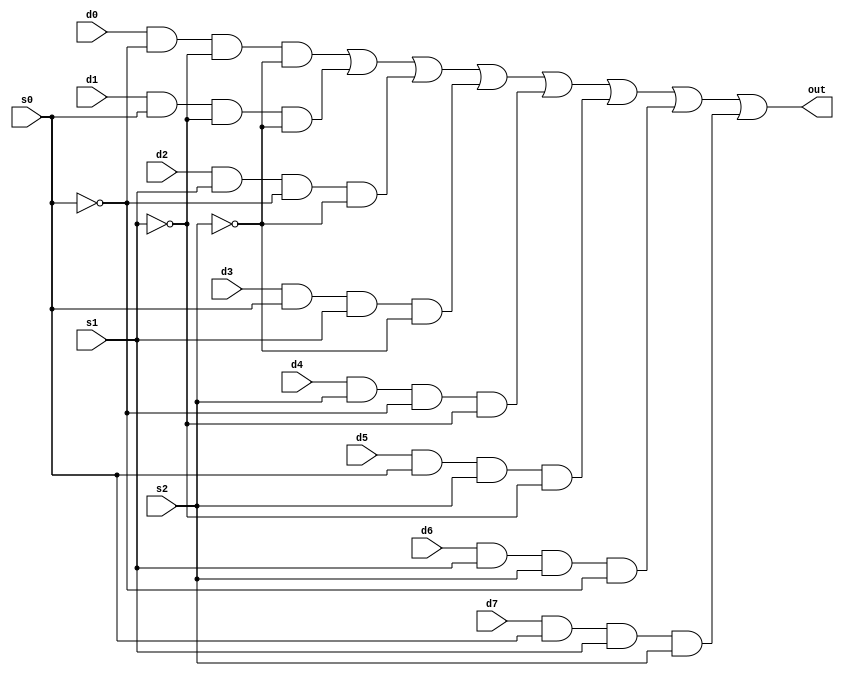
module mux(
    input s0,
    input s1,
    input s2,
    input d0,
    input d1,
    input d2,
    input d3,
    input d4,
    input d5,
    input d6,
    input d7,
    output out
    );
    
    wire t1,t2,t3,t4,t5,t6,t7,t8,t9,t10,t11;
    
    not (t1,s0);
    not (t2,s1);
    not (t3,s2);
    
    and (t4,d0,t1,t2,t3);
    and (t5,d1,s0,t2,t3);
    and (t6,d2,s1,t1,t3);
    and (t7,d3,s0,s1,t3);
    and (t8,d4,s2,t1,t2);
    and (t9,d5,s0,s2,t2);
    and (t10,d6,s1,s2,t1);
    and (t11,d7,s0,s1,s2);
    
    or(out,t4,t5,t6,t7,t8,t9,t10,t11);
    
endmodule

//Testbench

module mux_test();
  reg s0;
  reg s1;
  reg s2;
  reg d0;
  reg d1;
  reg d2;
  reg d3;
  reg d4;
  reg d5;
  reg d6;
  reg d7;
  wire out;
  
  mux m1(.s0(s0),.s1(s1),.s2(s2),.d0(d0),.d1(d1),.d2(d2),.d3(d3),.d4(d4),.d5(d5),.d6(d6),.d7(d7),.out(out));
  integer count;
  
  initial begin
    $dumpfile("dump.vcd");
    $dumpvars(1);
  end
  
  initial begin
    for(count=0;count<2048;count=count+1)
      begin
        {s0,s1,s2,d0,d1,d2,d3,d4,d5,d6,d7}=count;
        #20;
      end
  end
endmodule